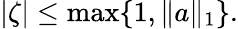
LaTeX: |\zeta|\leq\operatorname*{max}\{ 1,\| a\| _{1}\} .